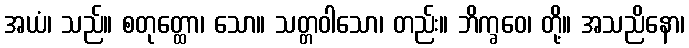
အယံ၊ သည်။ စတုတ္ထော၊ သော။ သတ္တဝါသော၊ တည်း။ ဘိက္ခဝေ၊ တို့။ အသညိနော၊